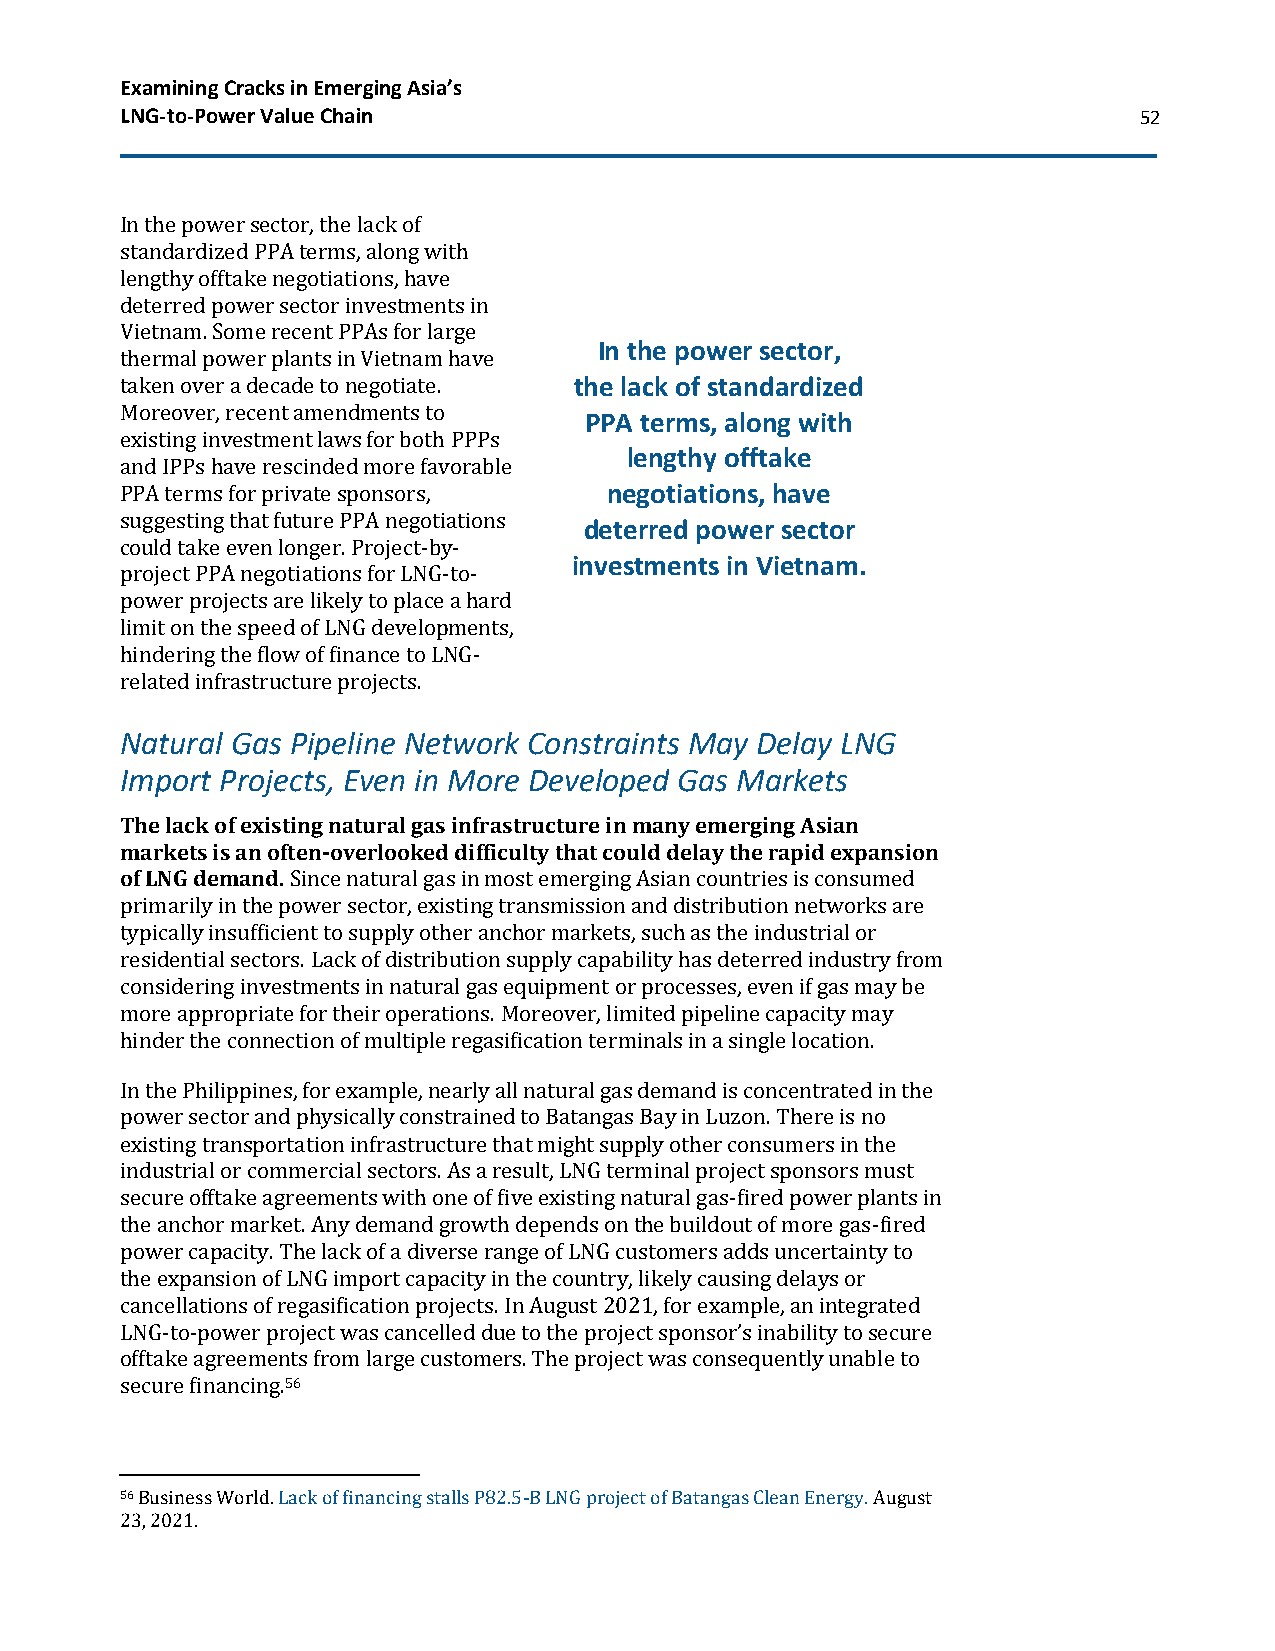
Examining Cracks in Emerging Asia’s
 LNG-to-Power Value Chain                                           52
 In the power sector, the lack of
 standardized PPA terms, along with
 lengthy offtake negotiations, have
 deterred power sector investments in
 Vietnam. Some recent PPAs for large
 In the power sector,
 thermal power plants in Vietnam have
 taken over a decade to negotiate. the lack of standardized
 Moreover, recent amendments to
 PPA terms, along with
 existing investment laws for both PPPs
 lengthy offtake
 and IPPs have rescinded more favorable
 PPA terms for private sponsors, negotiations, have
 suggesting that future PPA negotiations
 deterred power sector
 could take even longer. Project-by-
 investments in Vietnam.
 project PPA negotiations for LNG-to-
 power projects are likely to place a hard
 limit on the speed of LNG developments,
 hindering the flow of finance to LNG-
 related infrastructure projects.
 Natural Gas Pipeline Network Constraints May Delay LNG
 Import Projects, Even in More Developed Gas Markets
 The lack of existing natural gas infrastructure in many emerging Asian
 markets is an often-overlooked difficulty that could delay the rapid expansion
 of LNG demand. Since natural gas in most emerging Asian countries is consumed
 primarily in the power sector, existing transmission and distribution networks are
 typically insufficient to supply other anchor markets, such as the industrial or
 residential sectors. Lack of distribution supply capability has deterred industry from
 considering investments in natural gas equipment or processes, even if gas may be
 more appropriate for their operations. Moreover, limited pipeline capacity may
 hinder the connection of multiple regasification terminals in a single location.
 In the Philippines, for example, nearly all natural gas demand is concentrated in the
 power sector and physically constrained to Batangas Bay in Luzon. There is no
 existing transportation infrastructure that might supply other consumers in the
 industrial or commercial sectors. As a result, LNG terminal project sponsors must
 secure offtake agreements with one of five existing natural gas-fired power plants in
 the anchor market. Any demand growth depends on the buildout of more gas-fired
 power capacity. The lack of a diverse range of LNG customers adds uncertainty to
 the expansion of LNG import capacity in the country, likely causing delays or
 cancellations of regasification projects. In August 2021, for example, an integrated
 LNG-to-power project was cancelled due to the project sponsor’s inability to secure
 offtake agreements from large customers. The project was consequently unable to
 secure financing.56
 56 Business World. Lack of financing stalls P82.5-B LNG project of Batangas Clean Energy. August
 23, 2021.